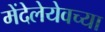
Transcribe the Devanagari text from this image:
मेंदेलेयेवच्या